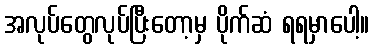
အလုပ်တွေလုပ်ပြီးတော့မှ ပိုက်ဆံ ရရမှာပေါ့။